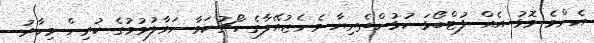
އެންމެ މޮޅު އެއް ފުޓްބޯޅަ ކުޅުންތެރިޔާ ވެނެޒުއޭލާގެ ކޯޗުކަމާ ހަވާލުވުމުގެ ކުރިން މިހާރު